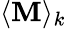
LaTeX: \langle\mathbf{M}\rangle_{k}